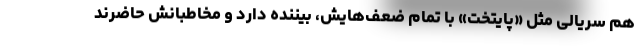
هم سریالی مثل «پایتخت» با تمام ضعف‌هایش، بیننده دارد و مخاطبانش حاضرند